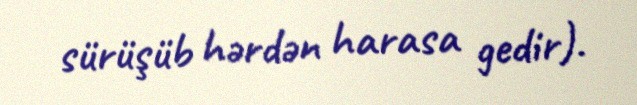
sürüşüb hərdən harasa gedir).